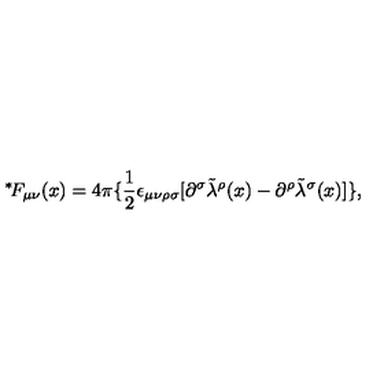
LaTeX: \mathrm { \mathrm { } ^ * \! } F _ { \mu \nu } ( x ) = 4 \pi \{ \mathrm { \small \frac { 1 } { 2 } } \epsilon _ { \mu \nu \rho \sigma } [ \partial ^ { \sigma } { \tilde { \lambda } } ^ { \rho } ( x ) - \partial ^ { \rho } { \tilde { \lambda } } ^ { \sigma } ( x ) ] \} ,